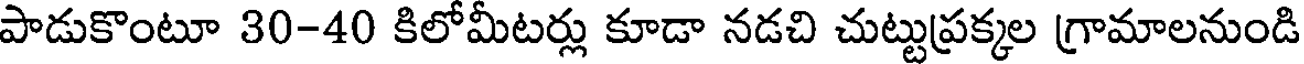
పాడుకొంటూ 30-40 కిలోమీటర్లు కూడా నడచి చుట్టుప్రక్కల గ్రామాలనుండి